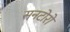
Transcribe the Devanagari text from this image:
सनटोरो